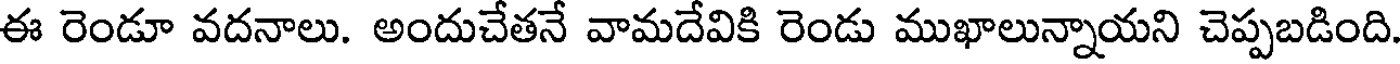
ఈ రెండూ వదనాలు. అందుచేతనే వామదేవికి రెండు ముఖాలున్నాయని చెప్పబడింది